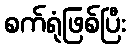
စက်ရုံဖြစ်ပြီး